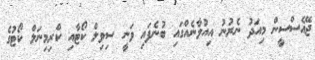
ޖޭއެސްސީން މިއަދު ނެރުނު އިއުލާނެއްގައި ބުނެފައި ވަނީ ސިވިލް ކޯޓާއި ކްރިމިނަލް ކޯޓުގެ